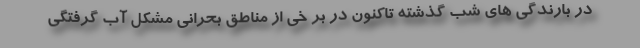
در بارندگی های شب گذشته تاکنون در بر خی از مناطق بحرانی مشکل آب گرفتگی